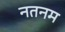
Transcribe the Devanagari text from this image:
नतनम